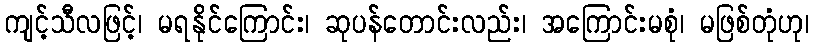
ကျင့်သီလဖြင့်၊ မရနိုင်ကြောင်း၊ ဆုပန်တောင်းလည်း၊ အကြောင်းမစုံ၊ မဖြစ်တုံဟု၊